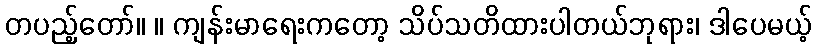
တပည့်တော်။ ။ ကျန်းမာရေးကတော့ သိပ်သတိထားပါတယ်ဘုရား၊ ဒါပေမယ့်